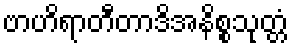
ဗာဟိရာတီတာဒိအနိစ္စသုတ္တံ